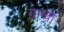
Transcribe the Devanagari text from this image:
ग्रन्थॊ